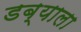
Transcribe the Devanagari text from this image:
डब्याला